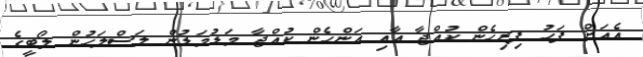
އެއަށް ފަހު ފިރިހެން ކުއްޖާ އާއި އަންހެން ކުއްޖާ މަޑުމަޑުން ލަސްލަހުން ލޯބީގެ